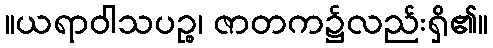
။ယရာဝါသပဉ္စ၊ ဇာတက၌လည်းရှိ၏။